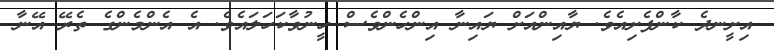
އިށީނދެ ކާންފެށިއެވެ. ޔާއިންއަށް ޔައިނާ އިންހެންވެސް ހީނުވާކަހަލައެވެ. އެ އެންމެންގެ ތެރޭ އޭނާ